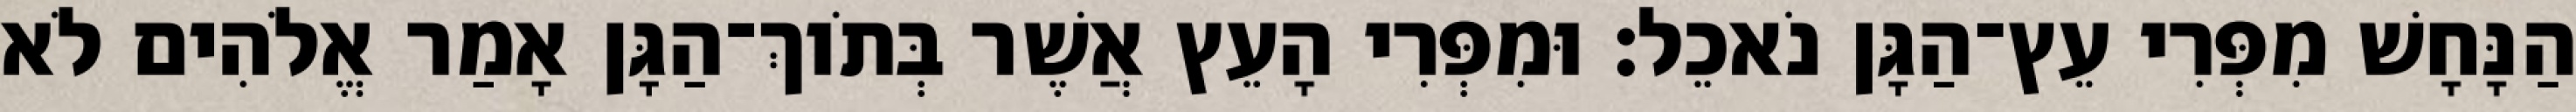
הַנָּחָשׁ מִפְּרִי עֵץ־הַגָּן נֹאכֵל׃ וּמִפְּרִי הָעֵץ אֲשֶׁר בְּתֹוךְ־הַגָּן אָמַר אֱלֹהִים לֹא